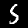
Label: 5